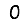
Digit: 0